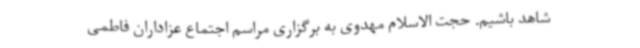
شاهد باشیم. حجت الاسلام مهدوی به برگزاری مراسم اجتماع عزاداران فاطمی